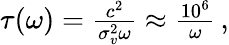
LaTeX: \begin{array}{r}{\tau(\omega)=\frac{c^{2}}{\sigma_{v}^{2}\omega}\approx\frac{10^{6}}{\omega}\, ,}\end{array}